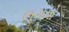
લગતો